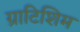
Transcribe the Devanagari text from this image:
ग्राटिशिम